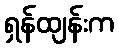
ရှန်ထျန်းက